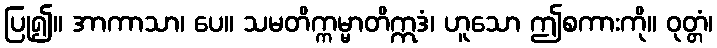
ပြု၍။ အာကာသာ၊ ပေ။ သမတိက္ကမ္မာတိဣဒံ၊ ဟူသော ဤစကားကို။ ဝုတ္တံ၊